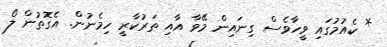
* ކެއުމުގައި ވީހާވެސް ގިނައިން މޭވާ އާއި ތަރުކާރީ ހިމެނުން. އެގޮތުން ލޯ